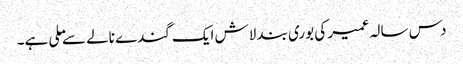
دس سالہ عمیر کی بوری بند لاش ایک گندے نالے سے ملی ہے۔